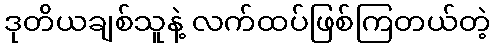
ဒုတိယချစ်သူနဲ့ လက်ထပ်ဖြစ်ကြတယ်တဲ့